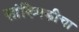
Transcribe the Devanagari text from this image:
सांख्यिकीचा